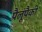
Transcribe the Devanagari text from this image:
पैलूंपैकी